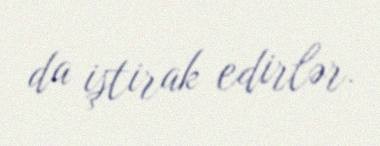
da iştirak edirlər.